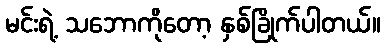
မင်းရဲ့ သဘောကိုတော့ နှစ်ခြိုက်ပါတယ်။